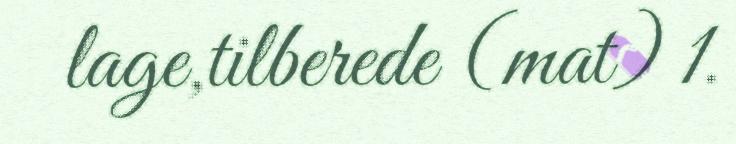
lage,tilberede (mat) 1.